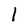
Character: 1